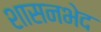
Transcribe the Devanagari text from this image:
शासनभेद